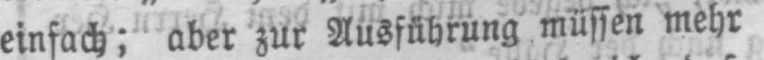
einfach; aber zur Ausführung müssen mehr